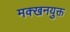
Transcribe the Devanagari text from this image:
मक्खनयुक्त